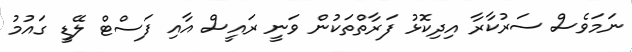
ނަމަވެސް ސަރުކާރާ އިދިކޮޅު ފަރާތްތަކުން ވަނީ ރައީސް އާއި ފަސްޓް ލޭޑީ ގައުމު